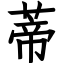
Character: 蒂